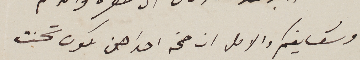
وشقايقكم والامل ان صحة احداهن تكون تحسنت